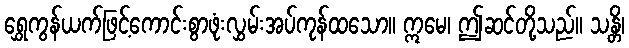
ရွှေကွန်ယက်ဖြင့်ကောင်းစွာဖုံးလွှမ်းအပ်ကုန်ထသော။ ဣမေ၊ ဤဆင်တို့သည်။ သန္တိ၊